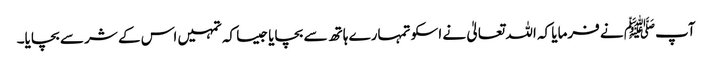
آپﷺ نے فرمایا کہ اللہ تعالیٰ نے اسکو تمہارے ہاتھ سے بچایا جیسا کہ تمہیں اس کے شر سے بچایا۔